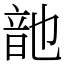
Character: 䪧